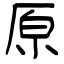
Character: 原